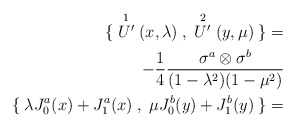
\begin{align*}\{\; \stackrel{1}{U^{\prime}}(x,\lambda)\;,\; \stackrel{2}{U^{\prime}}(y,\mu)\;\} = \\ -\frac{1}{4} \frac{\sigma^{a}\otimes \sigma^{b}}{(1 -\lambda^{2})(1-\mu^{2})}\\ \{\; \lambda J^{a}_{0}(x) + J^{a}_{1}(x)\; , \; \mu J^{b}_{0}(y)+J^{b}_{1}(y)\;\}=\end{align*}